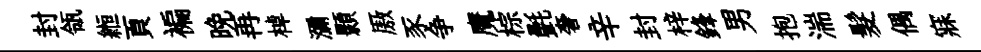
封瓴縆頁褊晩再棹瀰顥厫豕争魔棕㲲奢辛封梓鋒男抱湍髮偶寐